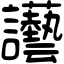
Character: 讛